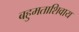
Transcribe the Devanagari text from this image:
बहुमताशिवाय